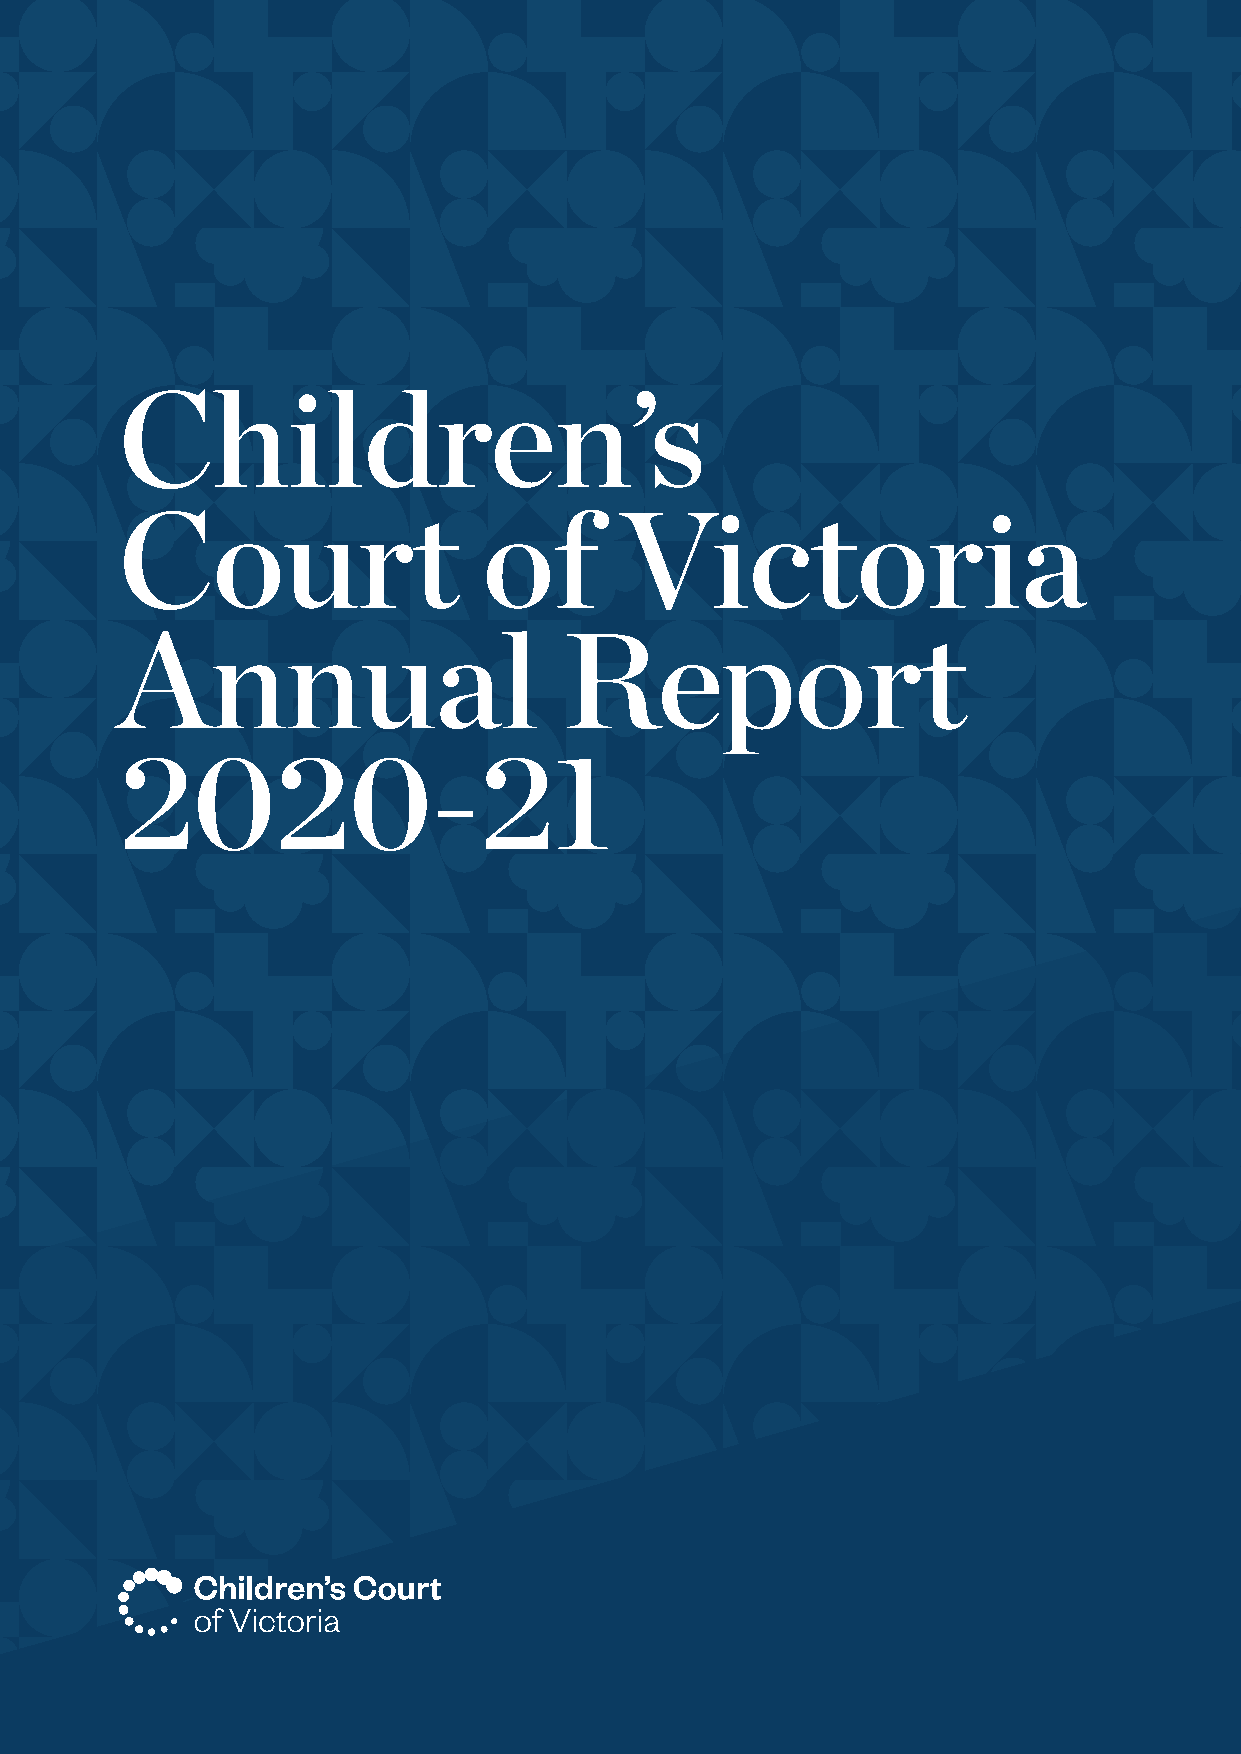
Children’s
 Court                   of       Victoria
 Annual                       Report
 2020-21